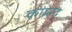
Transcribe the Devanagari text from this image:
कांप्राद